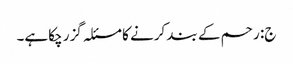
ج: رحم کے بند کرنے کا مسئلہ گزر چکاہے۔